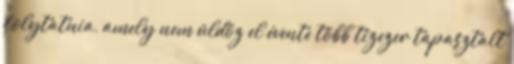
folytatnia, amely nem üldöz el évente több tízezer tapasztalt